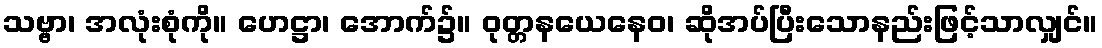
သဗ္ဗာ၊ အလုံးစုံကို။ ဟေဋ္ဌာ၊ အောက်၌။ ဝုတ္တနယေနေဝ၊ ဆိုအပ်ပြီးသောနည်းဖြင့်သာလျှင်။